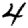
Digit: 4